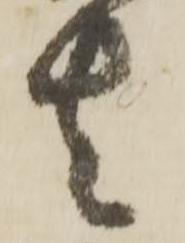
者